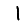
Digit: 1